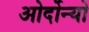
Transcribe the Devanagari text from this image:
ओर्दोन्यो